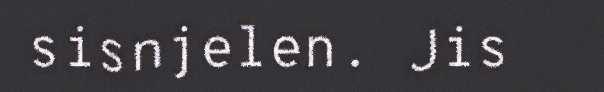
sisnjelen. Jis